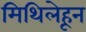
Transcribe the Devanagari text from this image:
मिथिलेहून